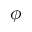
\phi